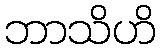
ဘာသိဟိ